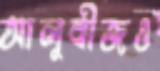
আলুবীজও